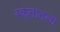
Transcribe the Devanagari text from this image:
रक्तातला